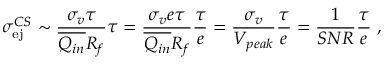
\sigma _ { \mathrm { e j } } ^ { C S } \sim \frac { \sigma _ { v } \tau } { \overline { { Q _ { i n } } } R _ { f } } \tau = \frac { \sigma _ { v } e \tau } { \overline { { Q _ { i n } } } R _ { f } } \frac { \tau } { e } = \frac { \sigma _ { v } } { V _ { p e a k } } \frac { \tau } { e } = \frac { 1 } { S N R } \frac { \tau } { e } ~ ,